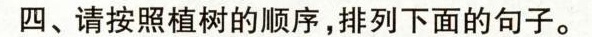
四、请按照植树的顺序，排列下面的句子。